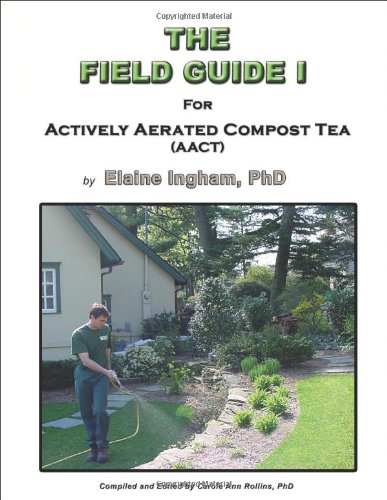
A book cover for The Field Guide I for Actively Aerated Compost Tea; PhD Elaine Ingham; Crafts, Hobbies & Home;